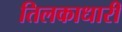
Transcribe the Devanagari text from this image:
तिलकाधारी